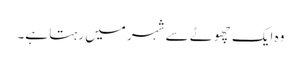
وہ ایک چھوٹے سے شہر میں رہتا ہے۔